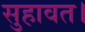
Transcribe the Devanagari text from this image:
सुहावत।